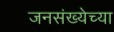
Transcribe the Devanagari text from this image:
जनसंख्येच्या